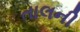
તાલની